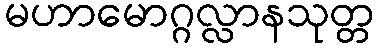
မဟာမောဂ္ဂလ္လာနသုတ္တ